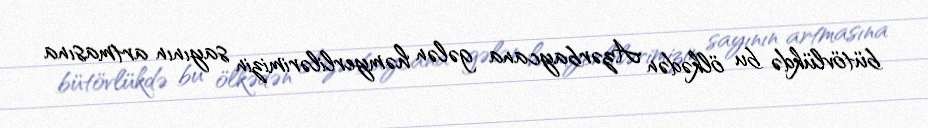
bütövlükdə bu ölkədən Azərbaycana gələn həmyerlilərimizin sayının artmasına